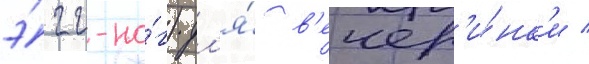
э́гг-но́г) дл'я́ в'ечер'и́нк'и /